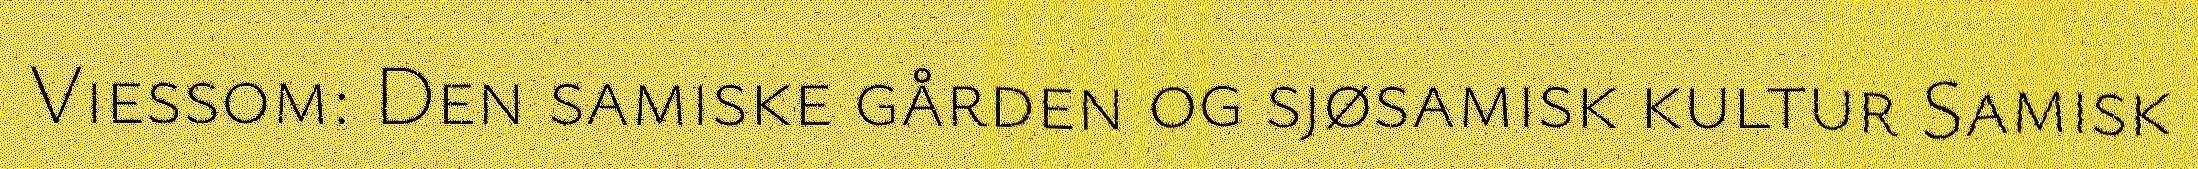
Viessom: Den samiske gården og sjøsamisk kultur Samisk